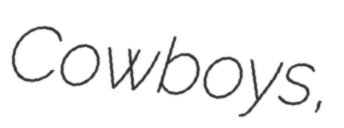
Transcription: Cowboys,